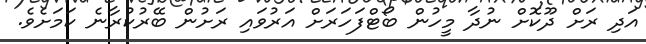
އަދި ރަށް ދޫކޮށް ނުދާ މީހުން ބޯޓްފަހަރަށް އަރުވައި ރަށުން ބޭރުކުރާނެ ކަމަށެވެ.